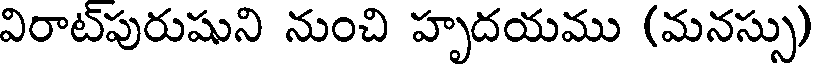
విరాట్పురుషుని నుంచి హృదయము (మనస్సు)